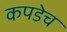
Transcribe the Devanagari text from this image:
कपडेच